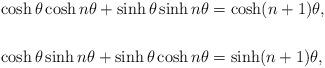
LaTeX: \begin{align*}\cosh\theta\cosh n\theta+\sinh\theta\sinh n\theta & =\cosh(n+1)\theta,\\& \\\cosh\theta\sinh n\theta+\sinh\theta\cosh n\theta & =\sinh(n+1)\theta,\end{align*}